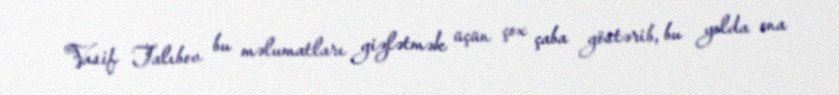
Vasif Talıbov bu məlumatları gizlətmək üçün çox çaba göstərib, bu yolda ona